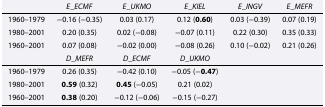
<table><thead><tr><td></td><td><b><i>E</i>_<i>E</i><i>C</i><i>M</i><i>F</i></b></td><td><b><i>E</i>_<i>U</i><i>K</i><i>M</i><i>O</i></b></td><td><b><i>E</i>_<i>K</i><i>I</i><i>E</i><i>L</i></b></td><td><b><i>E</i>_<i>I</i><i>N</i><i>G</i><i>V</i></b></td><td><b><i>E</i>_<i>M</i><i>E</i><i>F</i><i>R</i></b></td></tr></thead><tbody><tr><td>1960–1979</td><td>−0.16 (−0.35)</td><td>0.03 (0.17)</td><td>0.12 (<b>0.60</b>)</td><td>0.03 (−0.39)</td><td>0.07 (0.19)</td></tr><tr><td>1980–2001</td><td>0.20 (0.35)</td><td>0.02 (−0.08)</td><td>−0.07 (0.11)</td><td>0.22 (0.30)</td><td>0.35 (0.33)</td></tr><tr><td>1960–2001</td><td>0.07 (0.08)</td><td>−0.02 (0.00)</td><td>−0.08 (0.26)</td><td>0.10 (−0.02)</td><td>0.21 (0.26)</td></tr><tr><td></td><td><i>D</i>_<i>M</i><i>E</i><i>F</i><i>R</i></td><td><i>D</i>_<i>E</i><i>C</i><i>M</i><i>F</i></td><td><i>D</i>_<i>U</i><i>K</i><i>M</i><i>O</i></td><td></td><td></td></tr><tr><td>1960–1979</td><td>0.26 (0.35)</td><td>−0.42 (0.10)</td><td>−0.05 (<b>−0.47</b>)</td><td></td><td></td></tr><tr><td>1980–2001</td><td><b>0.59</b> (0.32)</td><td><b>0.45</b> (−0.05)</td><td>0.21 (0.02)</td><td></td><td></td></tr><tr><td>1960–2001</td><td><b>0.38</b> (0.20)</td><td>−0.12 (−0.06)</td><td>−0.15 (−0.27)</td><td></td><td></td></tr></tbody></table>